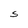
Character: S